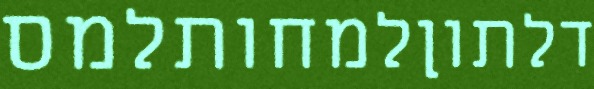
דלתוןלמחותלמס